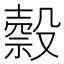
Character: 𣫇